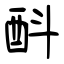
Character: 酙